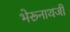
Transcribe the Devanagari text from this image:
भेरूनाथजी